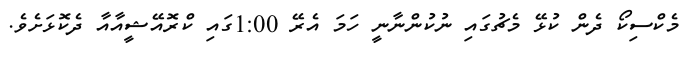
މެކްސިކޯ ދެން ކުޅޭ މެޗުގައި ނުކުންނާނީ ހަމަ އެރޭ 1:00ގައި ކްރޮއޭޝީއާއާ ދެކޮޅަށެވެ.